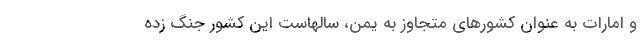
و امارات به عنوان کشورهای متجاوز به یمن، سالهاست این کشور جنگ زده